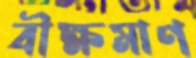
বীক্ষমাণ